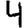
Digit: 4